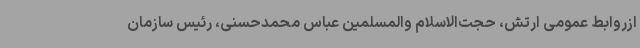
ازروابط عمومی ارتش، حجت‌الاسلام والمسلمین عباس محمدحسنی، رئیس سازمان